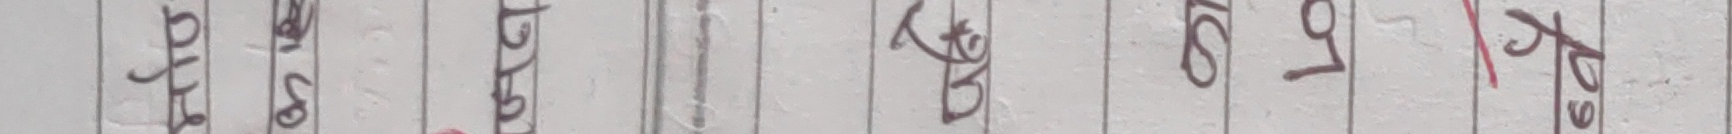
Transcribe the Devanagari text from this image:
पावती खातानं. विवरण  जम्मा १०० १०० रु. १००